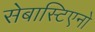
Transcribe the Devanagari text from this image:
सेबास्टिएनो